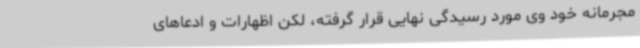
مجرمانه خود وی مورد رسیدگی نهایی قرار گرفته، لکن اظهارات و ادعاهای